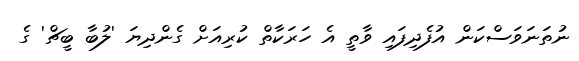
ނުތަނަވަސްކަން އުފެދިފައި ވާތީ އެ ހަރަކާތް ކުރިއަށް ގެންދިޔަ 'ލުބާ ބީޗް' ގެ